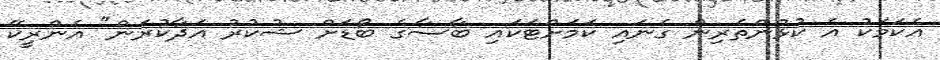
އެކަމަކު އެ ކުޅުންތެރިން ގެނައި ކަމަށްޓަކައި ބާސާގެ ބޯޑަށް ޝުކުރު އަދާކުރަން" އެންރީކޭ